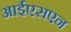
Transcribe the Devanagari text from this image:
आईएसएन